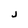
Character: j